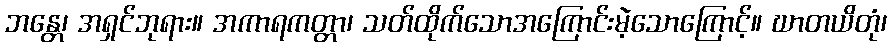
ဘန္တေ၊ အရှင်ဘုရား။ အကာရကတ္တာ၊ သတ်ထိုက်သောအကြောင်းမဲ့သောကြောင့်။ ဃာတယိတုံ၊